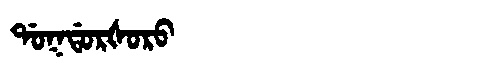
Manchu: ᡩᠣᡴᡩᠣᡵᡧᠣᡵᠣ
Romanization: DOKDORŠORO